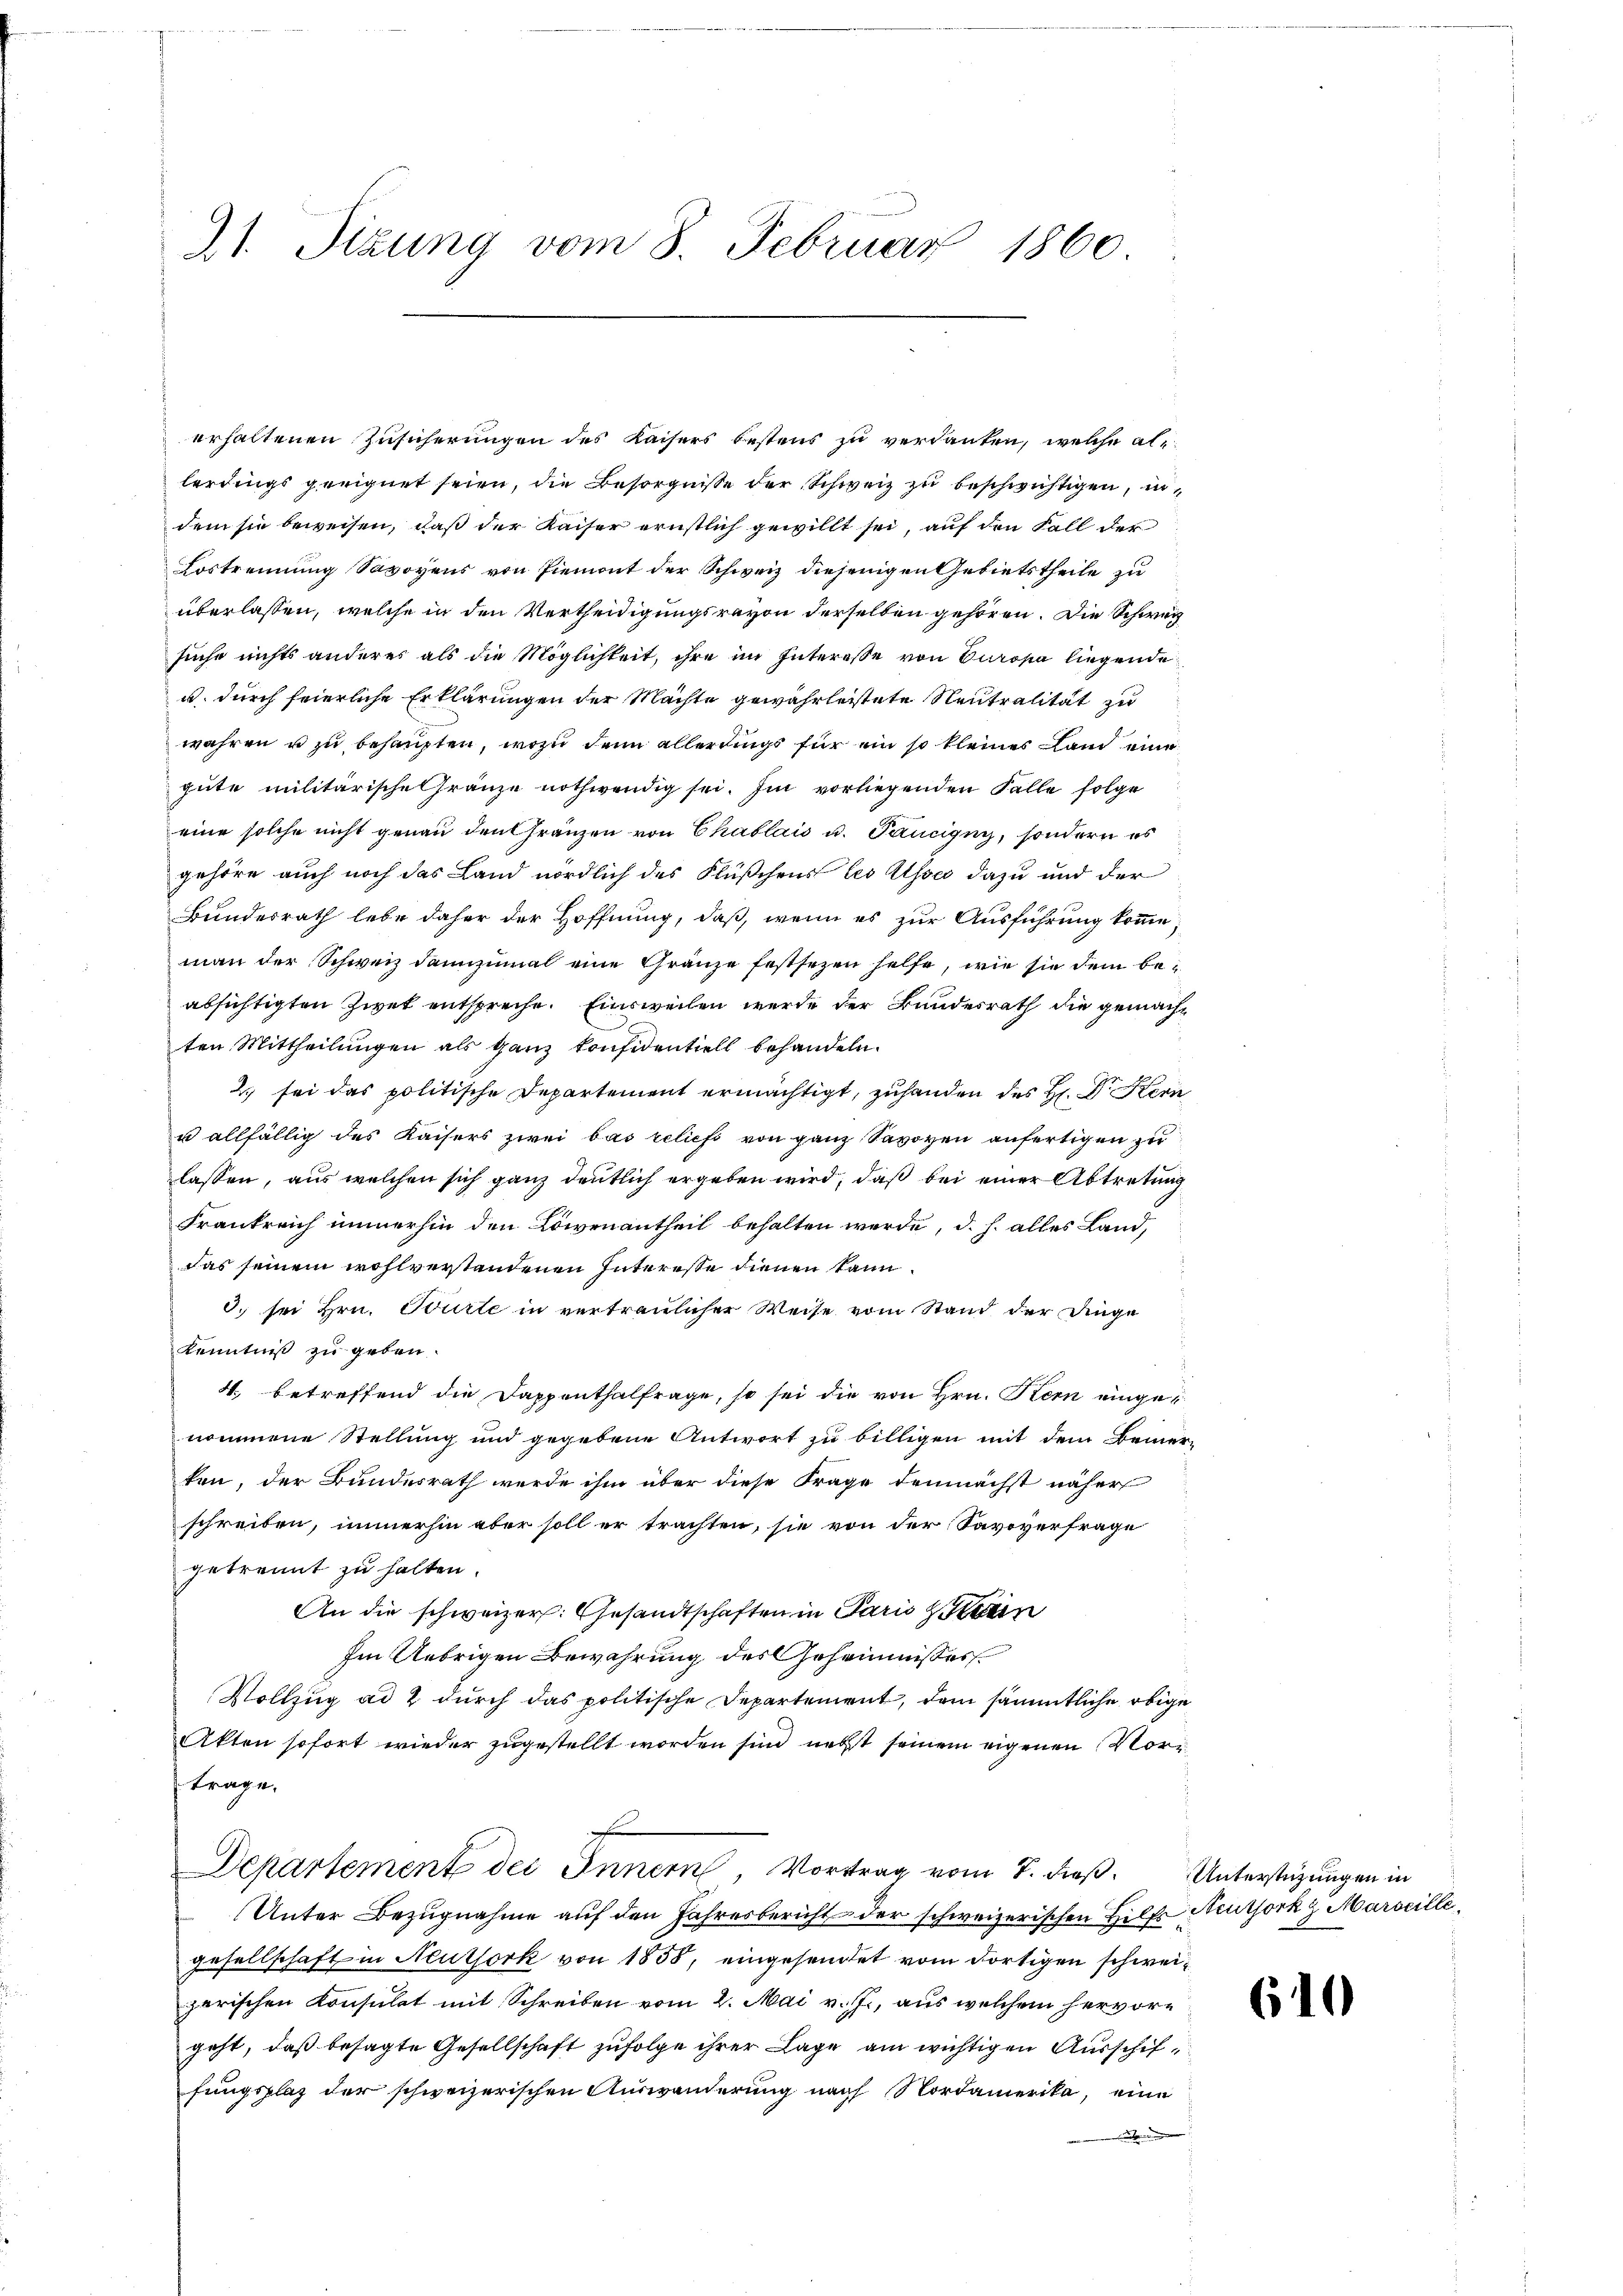
21. Sizung vom 8. Februar 1860

erhaltenen Zusicherungen des Kaisers bestens zu verdanken, welche allerdings geeignet seien, die Besorgnisse der Schweiz zu beschwichtigen, in
dem sie beweisen, daß der Kaiser ernstlich gewillt sei, auf den Fall der
Lostrennung Savoyens von Piemont der Schweiz diejenigen Gebietstheile zu
überlassen, welche in den Vertheidigungsrevon derselben gehören. Die Schweiz
suche nichts anderes als die Möglichkeit, ihre im Interesse von Europa liegende
u. durch feierliche Erklärungen der Machte gewährleistete Neutralität zu
wahren u zu behaupten, wozu denn allerdings für ein so kleines Land eine
gute militärische Gränze nothwendig sei. Im vorliegenden Falle folge
eine solche nicht genau den Gränzen von Chablais u. Paucigny, sondern es
gehöre auch noch das Land nördlich des Flußchens les Also dazu und der
Bundesrath lebe daher der Hoffnung, daß, wenn es zur Ausführung komme,
man der Schweiz dannzumal eine Gränze festsezen helfe, wie sie dem beabsichtigten Zwet entspreche. Einsweilen wurde der Bundesrath die gemachten Mittheilungen als ganz konsidentiell behandeln.
2. sei das politische Departement ermächtigt, zuhanden des H. Dr. Kern
u allfällig des Kaisers zwei bas relief von ganz Savoyen anfertigen zu
lassen, aus welchen sich ganz deutlich ergeben wird, daß bei einer Abtretung
Frankreich immerhin den Löwenantheil behalten werde, d. h. alles Land,
das seinem wohlverstandenen Interesse dienen kann.
d. sei Hrn. Tourte in vertraulicher Weise vom Stand der Dinge
Kenntniß zu geben.
4., betreffend die Dappenthalfrage, so sei die von Hrn. Kern eingenommene Stellung und gegebene Antwort zu billigen mit dem Bemer-
ten, der Bundesrath werde ihm über diese Frage demnächst näher
schreiben, immerhin aber soll er trachten, sie von der Savoverfrage
getrennt zu halten.
An die schweizer. Gesandtschaften in Paris zun
Im Uebrigen Bewahrung des Geheimisser
Vollzug ad 2 durch das politische Departement, dem sämmtliche obige
Akten sofort wieder zugestellt worden sind nebst seinem eigenen Vorr
trage.
Departement des Innern, Vortrag vom 7. dieß. Unterstützungen in
Unter Bezugnahme auf den Jahresbericht der schweizerischen Hilfs Neuthork & Marseillegesellschaft in Neutserk von 1858, eingesandtet vom dortigen schweizerischen Konsulat mit Schreiben vom 2. Mai v. J., aus welchem hervorgeht, daß besagte Gesellschaft zufolge ihrer Lage am wichtigen Ausschiffungsplaz der schweizerischen Auswanderung nach Nordamerika, eine

610